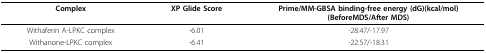
| Complex | XP Glide Score | Prime/MM-GBSA binding-free energy (dG)(kcal/mol)(BeforeMDS/After MDS) |
 | --- | --- | --- |
 | Withaferin A-LPKC complex | -6.01 | -28.47/-17.97 |
 | Withanone-LPKC complex | -6.41 | -22.57/-18.31 |